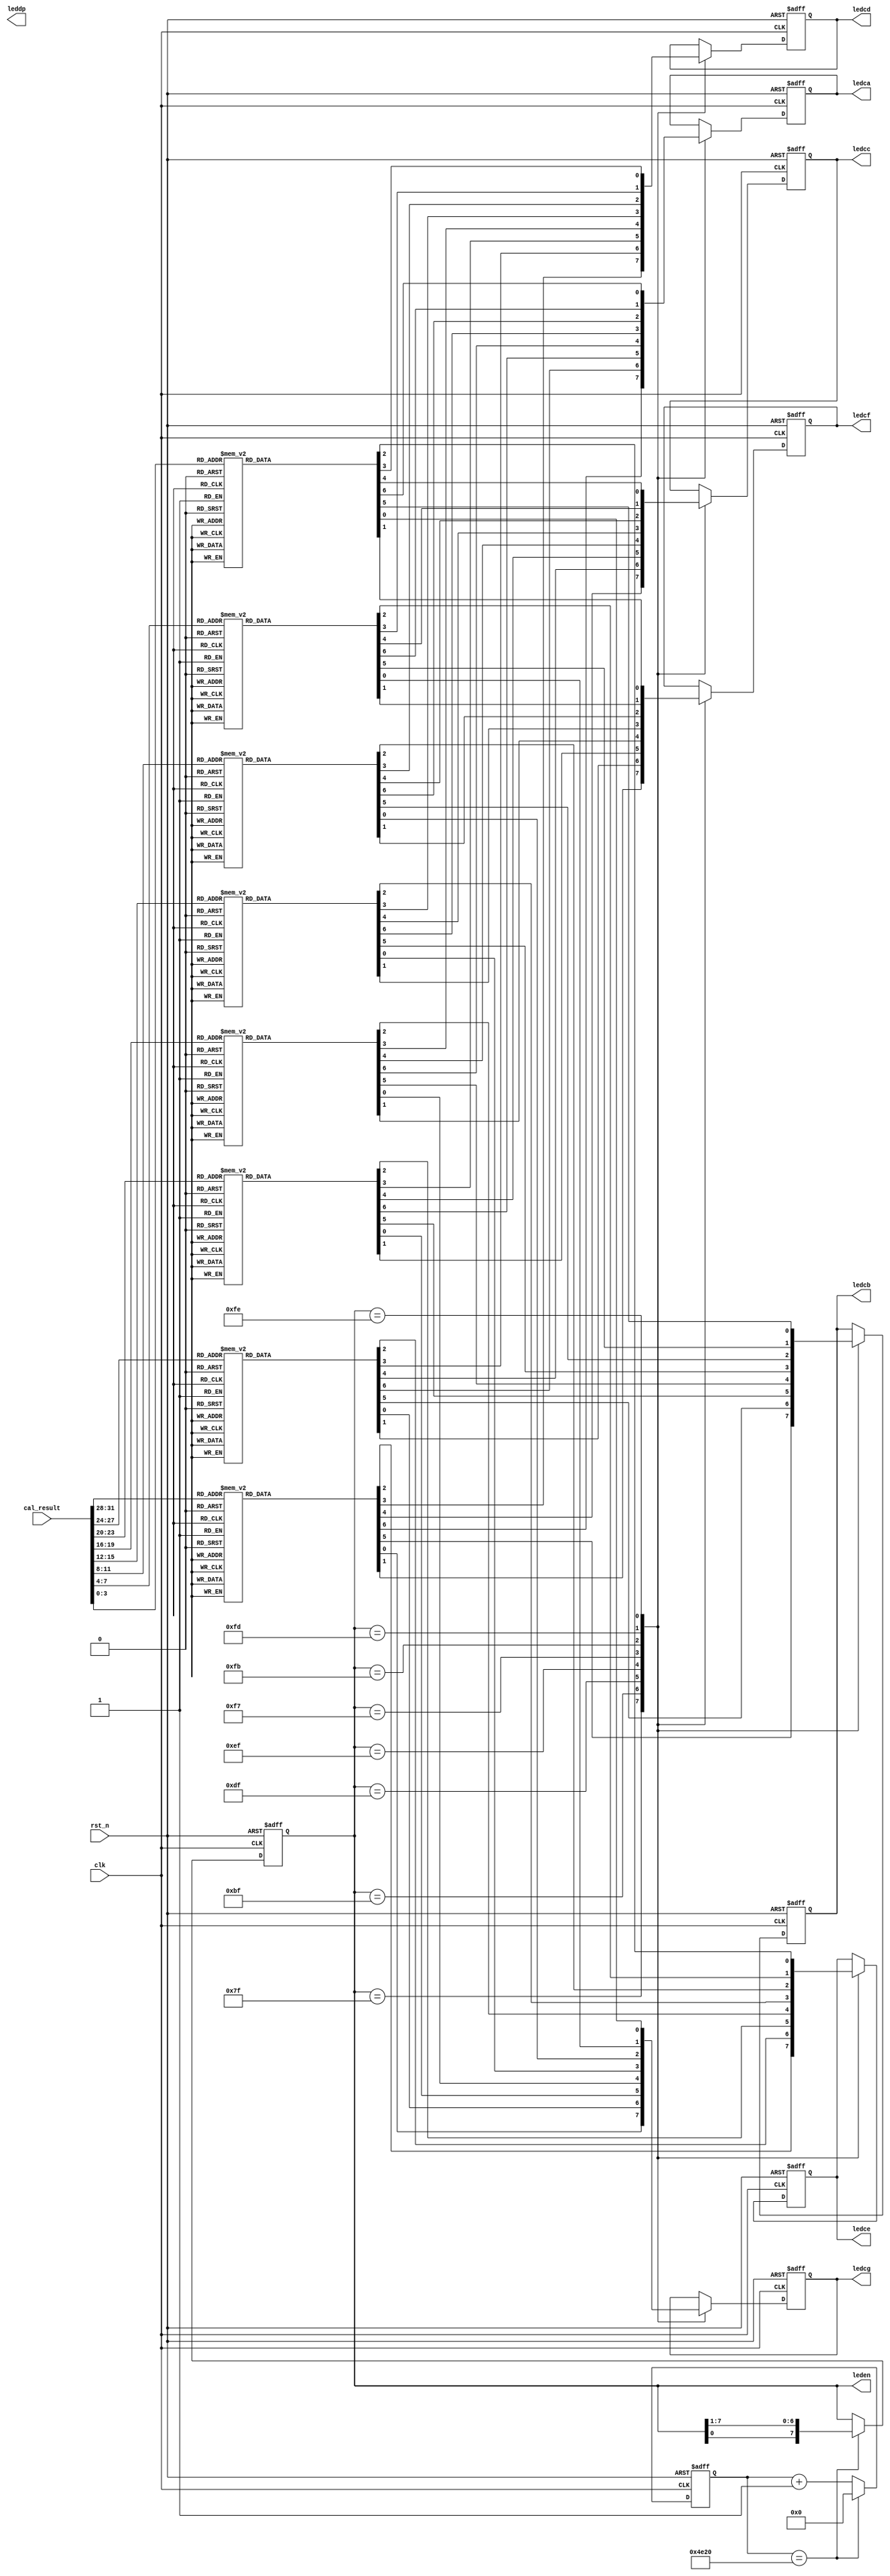
`timescale 1ns / 1ps

module Digtube(
    input            clk,
    input            rst_n,
    input  [31:0]    cal_result,
    output  reg [7:0]leden,
	output  reg      ledca,
	output  reg      ledcb,
    output  reg      ledcc,
	output  reg      ledcd,
	output  reg      ledce,
	output  reg      ledcf,
	output  reg      ledcg,
	output  reg      leddp
);
wire locked;

reg [19:0]cnt;
wire cnt_end = (cnt == 20'd20000);
reg flag;

always @ (posedge clk or negedge rst_n) begin
    if(~rst_n)          flag <= 1'd0;
    else if(flag)       flag <= 1'd1;
end

always @ (posedge clk or negedge rst_n) begin
    if (~rst_n)         cnt <= 20'd0;
    else if (cnt_end)    cnt <= 20'd0;
    else    cnt <= cnt + 1;
end

always @ (posedge clk or negedge rst_n) begin
    if(~rst_n)          leden <= 8'b01111111;
    else if(cnt_end)   leden <= {leden[0], leden[7:1]};
    else leden <= leden;
end

always @ (posedge clk or negedge rst_n) begin
    if(~rst_n) {ledca, ledcb, ledcc,ledcd, ledce, ledcf, ledcg } <=7'b1111111;
    else
       begin
        case(leden)
            8'b01111111:begin
                case(cal_result[31:28])
                    4'hf:{ledca, ledcb, ledcc,ledcd, ledce, ledcf, ledcg} <= 7'b0111000;
                    4'he:{ledca, ledcb, ledcc,ledcd, ledce, ledcf, ledcg} <= 7'b0110000;
                    4'hd:{ledca, ledcb, ledcc,ledcd, ledce, ledcf, ledcg} <= 7'b1000010;
                    4'hc:{ledca, ledcb, ledcc,ledcd, ledce, ledcf, ledcg} <= 7'b1110010;
                    4'hb:{ledca, ledcb, ledcc,ledcd, ledce, ledcf, ledcg} <= 7'b1100000;
                    4'ha:{ledca, ledcb, ledcc,ledcd, ledce, ledcf, ledcg} <= 7'b0001000;
                    4'h9:{ledca, ledcb, ledcc,ledcd, ledce, ledcf, ledcg} <= 7'b0001100;
                    4'h8:{ledca, ledcb, ledcc,ledcd, ledce, ledcf, ledcg} <= 7'b0000000;
                    4'h7:{ledca, ledcb, ledcc,ledcd, ledce, ledcf, ledcg} <= 7'b0001111;
                    4'h6:{ledca, ledcb, ledcc,ledcd, ledce, ledcf, ledcg} <= 7'b0100000;
                    4'h5:{ledca, ledcb, ledcc,ledcd, ledce, ledcf, ledcg} <= 7'b0100100;
                    4'h4:{ledca, ledcb, ledcc,ledcd, ledce, ledcf, ledcg} <= 7'b1001100;
                    4'h3:{ledca, ledcb, ledcc,ledcd, ledce, ledcf, ledcg} <= 7'b0000110;
                    4'h2:{ledca, ledcb, ledcc,ledcd, ledce, ledcf, ledcg} <= 7'b0010010;
                    4'h1:{ledca, ledcb, ledcc,ledcd, ledce, ledcf, ledcg} <= 7'b1001111;
                    default:{ledca, ledcb, ledcc,ledcd, ledce, ledcf, ledcg} <=7'b0000001;
                endcase 
            end
            8'b10111111:begin
                case(cal_result[27:24])
                    4'hf:{ledca, ledcb, ledcc,ledcd, ledce, ledcf, ledcg} <= 7'b0111000;
                    4'he:{ledca, ledcb, ledcc,ledcd, ledce, ledcf, ledcg} <= 7'b0110000;
                    4'hd:{ledca, ledcb, ledcc,ledcd, ledce, ledcf, ledcg} <= 7'b1000010;
                    4'hc:{ledca, ledcb, ledcc,ledcd, ledce, ledcf, ledcg} <= 7'b1110010;
                    4'hb:{ledca, ledcb, ledcc,ledcd, ledce, ledcf, ledcg} <= 7'b1100000;
                    4'ha:{ledca, ledcb, ledcc,ledcd, ledce, ledcf, ledcg} <= 7'b0001000;
                    4'h9:{ledca, ledcb, ledcc,ledcd, ledce, ledcf, ledcg} <=7'b0001100;
                    4'h8:{ledca, ledcb, ledcc,ledcd, ledce, ledcf, ledcg} <=7'b0000000;
                    4'h7:{ledca, ledcb, ledcc,ledcd, ledce, ledcf, ledcg} <=7'b0001111;
                    4'h6:{ledca, ledcb, ledcc,ledcd, ledce, ledcf, ledcg} <=7'b0100000;
                    4'h5:{ledca, ledcb, ledcc,ledcd, ledce, ledcf, ledcg} <=7'b0100100;
                    4'h4:{ledca, ledcb, ledcc,ledcd, ledce, ledcf, ledcg} <=7'b1001100;
                    4'h3:{ledca, ledcb, ledcc,ledcd, ledce, ledcf, ledcg} <=7'b0000110;
                    4'h2:{ledca, ledcb, ledcc,ledcd, ledce, ledcf, ledcg} <=7'b0010010;
                    4'h1:{ledca, ledcb, ledcc,ledcd, ledce, ledcf, ledcg} <=7'b1001111;
                    default:{ledca, ledcb, ledcc,ledcd, ledce, ledcf, ledcg} <=7'b0000001;
                endcase 
            end
            8'b11011111:begin
                case(cal_result[23:20])
                    4'hf:{ledca, ledcb, ledcc,ledcd, ledce, ledcf, ledcg} <= 7'b0111000;
                    4'he:{ledca, ledcb, ledcc,ledcd, ledce, ledcf, ledcg} <= 7'b0110000;
                    4'hd:{ledca, ledcb, ledcc,ledcd, ledce, ledcf, ledcg} <= 7'b1000010;
                    4'hc:{ledca, ledcb, ledcc,ledcd, ledce, ledcf, ledcg} <= 7'b1110010;
                    4'hb:{ledca, ledcb, ledcc,ledcd, ledce, ledcf, ledcg} <= 7'b1100000;
                    4'ha:{ledca, ledcb, ledcc,ledcd, ledce, ledcf, ledcg} <= 7'b0001000;
                    4'h9:{ledca, ledcb, ledcc,ledcd, ledce, ledcf, ledcg} <=7'b0001100;
                    4'h8:{ledca, ledcb, ledcc,ledcd, ledce, ledcf, ledcg} <=7'b0000000;
                    4'h7:{ledca, ledcb, ledcc,ledcd, ledce, ledcf, ledcg} <=7'b0001111;
                    4'h6:{ledca, ledcb, ledcc,ledcd, ledce, ledcf, ledcg} <=7'b0100000;
                    4'h5:{ledca, ledcb, ledcc,ledcd, ledce, ledcf, ledcg} <=7'b0100100;
                    4'h4:{ledca, ledcb, ledcc,ledcd, ledce, ledcf, ledcg} <=7'b1001100;
                    4'h3:{ledca, ledcb, ledcc,ledcd, ledce, ledcf, ledcg} <=7'b0000110;
                    4'h2:{ledca, ledcb, ledcc,ledcd, ledce, ledcf, ledcg} <=7'b0010010;
                    4'h1:{ledca, ledcb, ledcc,ledcd, ledce, ledcf, ledcg} <=7'b1001111;
                    default:{ledca, ledcb, ledcc,ledcd, ledce, ledcf, ledcg} <=7'b0000001;
                endcase 
            end
            8'b11101111:begin
                case(cal_result[19:16])
                    4'hf:{ledca, ledcb, ledcc,ledcd, ledce, ledcf, ledcg} <= 7'b0111000;
                    4'he:{ledca, ledcb, ledcc,ledcd, ledce, ledcf, ledcg} <= 7'b0110000;
                    4'hd:{ledca, ledcb, ledcc,ledcd, ledce, ledcf, ledcg} <= 7'b1000010;
                    4'hc:{ledca, ledcb, ledcc,ledcd, ledce, ledcf, ledcg} <= 7'b1110010;
                    4'hb:{ledca, ledcb, ledcc,ledcd, ledce, ledcf, ledcg} <= 7'b1100000;
                    4'ha:{ledca, ledcb, ledcc,ledcd, ledce, ledcf, ledcg} <= 7'b0001000;
                    4'h9:{ledca, ledcb, ledcc,ledcd, ledce, ledcf, ledcg} <=7'b0001100;
                    4'h8:{ledca, ledcb, ledcc,ledcd, ledce, ledcf, ledcg} <=7'b0000000;
                    4'h7:{ledca, ledcb, ledcc,ledcd, ledce, ledcf, ledcg} <=7'b0001111;
                    4'h6:{ledca, ledcb, ledcc,ledcd, ledce, ledcf, ledcg} <=7'b0100000;
                    4'h5:{ledca, ledcb, ledcc,ledcd, ledce, ledcf, ledcg} <=7'b0100100;
                    4'h4:{ledca, ledcb, ledcc,ledcd, ledce, ledcf, ledcg} <=7'b1001100;
                    4'h3:{ledca, ledcb, ledcc,ledcd, ledce, ledcf, ledcg} <=7'b0000110;
                    4'h2:{ledca, ledcb, ledcc,ledcd, ledce, ledcf, ledcg} <=7'b0010010;
                    4'h1:{ledca, ledcb, ledcc,ledcd, ledce, ledcf, ledcg} <=7'b1001111;
                    default:{ledca, ledcb, ledcc,ledcd, ledce, ledcf, ledcg} <=7'b0000001;
                endcase 
            end
            8'b11110111:begin
                case(cal_result[15:12])
                    4'hf:{ledca, ledcb, ledcc,ledcd, ledce, ledcf, ledcg} <= 7'b0111000;
                    4'he:{ledca, ledcb, ledcc,ledcd, ledce, ledcf, ledcg} <= 7'b0110000;
                    4'hd:{ledca, ledcb, ledcc,ledcd, ledce, ledcf, ledcg} <= 7'b1000010;
                    4'hc:{ledca, ledcb, ledcc,ledcd, ledce, ledcf, ledcg} <= 7'b1110010;
                    4'hb:{ledca, ledcb, ledcc,ledcd, ledce, ledcf, ledcg} <= 7'b1100000;
                    4'ha:{ledca, ledcb, ledcc,ledcd, ledce, ledcf, ledcg} <= 7'b0001000;
                    4'h9:{ledca, ledcb, ledcc,ledcd, ledce, ledcf, ledcg} <=7'b0001100;
                    4'h8:{ledca, ledcb, ledcc,ledcd, ledce, ledcf, ledcg} <=7'b0000000;
                    4'h7:{ledca, ledcb, ledcc,ledcd, ledce, ledcf, ledcg} <=7'b0001111;
                    4'h6:{ledca, ledcb, ledcc,ledcd, ledce, ledcf, ledcg} <=7'b0100000;
                    4'h5:{ledca, ledcb, ledcc,ledcd, ledce, ledcf, ledcg} <=7'b0100100;
                    4'h4:{ledca, ledcb, ledcc,ledcd, ledce, ledcf, ledcg} <=7'b1001100;
                    4'h3:{ledca, ledcb, ledcc,ledcd, ledce, ledcf, ledcg} <=7'b0000110;
                    4'h2:{ledca, ledcb, ledcc,ledcd, ledce, ledcf, ledcg} <=7'b0010010;
                    4'h1:{ledca, ledcb, ledcc,ledcd, ledce, ledcf, ledcg} <=7'b1001111;
                    default:{ledca, ledcb, ledcc,ledcd, ledce, ledcf, ledcg} <=7'b0000001;
                endcase 
            end
            8'b11111011:begin
                case(cal_result[11:8])
                    4'hf:{ledca, ledcb, ledcc,ledcd, ledce, ledcf, ledcg} <= 7'b0111000;
                    4'he:{ledca, ledcb, ledcc,ledcd, ledce, ledcf, ledcg} <= 7'b0110000;
                    4'hd:{ledca, ledcb, ledcc,ledcd, ledce, ledcf, ledcg} <= 7'b1000010;
                    4'hc:{ledca, ledcb, ledcc,ledcd, ledce, ledcf, ledcg} <= 7'b1110010;
                    4'hb:{ledca, ledcb, ledcc,ledcd, ledce, ledcf, ledcg} <= 7'b1100000;
                    4'ha:{ledca, ledcb, ledcc,ledcd, ledce, ledcf, ledcg} <= 7'b0001000;
                    4'h9:{ledca, ledcb, ledcc,ledcd, ledce, ledcf, ledcg} <=7'b0001100;
                    4'h8:{ledca, ledcb, ledcc,ledcd, ledce, ledcf, ledcg} <=7'b0000000;
                    4'h7:{ledca, ledcb, ledcc,ledcd, ledce, ledcf, ledcg} <=7'b0001111;
                    4'h6:{ledca, ledcb, ledcc,ledcd, ledce, ledcf, ledcg} <=7'b0100000;
                    4'h5:{ledca, ledcb, ledcc,ledcd, ledce, ledcf, ledcg} <=7'b0100100;
                    4'h4:{ledca, ledcb, ledcc,ledcd, ledce, ledcf, ledcg} <=7'b1001100;
                    4'h3:{ledca, ledcb, ledcc,ledcd, ledce, ledcf, ledcg} <=7'b0000110;
                    4'h2:{ledca, ledcb, ledcc,ledcd, ledce, ledcf, ledcg} <=7'b0010010;
                    4'h1:{ledca, ledcb, ledcc,ledcd, ledce, ledcf, ledcg} <=7'b1001111;
                    default:{ledca, ledcb, ledcc,ledcd, ledce, ledcf, ledcg} <=7'b0000001;
                endcase 
            end
            8'b11111101:begin
                case(cal_result[7:4])
                    4'hf:{ledca, ledcb, ledcc,ledcd, ledce, ledcf, ledcg} <= 7'b0111000;
                    4'he:{ledca, ledcb, ledcc,ledcd, ledce, ledcf, ledcg} <= 7'b0110000;
                    4'hd:{ledca, ledcb, ledcc,ledcd, ledce, ledcf, ledcg} <= 7'b1000010;
                    4'hc:{ledca, ledcb, ledcc,ledcd, ledce, ledcf, ledcg} <= 7'b1110010;
                    4'hb:{ledca, ledcb, ledcc,ledcd, ledce, ledcf, ledcg} <= 7'b1100000;
                    4'ha:{ledca, ledcb, ledcc,ledcd, ledce, ledcf, ledcg} <= 7'b0001000;
                    4'h9:{ledca, ledcb, ledcc,ledcd, ledce, ledcf, ledcg} <=7'b0001100;
                    4'h8:{ledca, ledcb, ledcc,ledcd, ledce, ledcf, ledcg} <=7'b0000000;
                    4'h7:{ledca, ledcb, ledcc,ledcd, ledce, ledcf, ledcg} <=7'b0001111;
                    4'h6:{ledca, ledcb, ledcc,ledcd, ledce, ledcf, ledcg} <=7'b0100000;
                    4'h5:{ledca, ledcb, ledcc,ledcd, ledce, ledcf, ledcg} <=7'b0100100;
                    4'h4:{ledca, ledcb, ledcc,ledcd, ledce, ledcf, ledcg} <=7'b1001100;
                    4'h3:{ledca, ledcb, ledcc,ledcd, ledce, ledcf, ledcg} <=7'b0000110;
                    4'h2:{ledca, ledcb, ledcc,ledcd, ledce, ledcf, ledcg} <=7'b0010010;
                    4'h1:{ledca, ledcb, ledcc,ledcd, ledce, ledcf, ledcg} <=7'b1001111;
                    default:{ledca, ledcb, ledcc,ledcd, ledce, ledcf, ledcg} <=7'b0000001;
                endcase 
            end
            8'b11111110:begin
                case(cal_result[3:0])
                    4'hf:{ledca, ledcb, ledcc,ledcd, ledce, ledcf, ledcg} <= 7'b0111000;
                    4'he:{ledca, ledcb, ledcc,ledcd, ledce, ledcf, ledcg} <= 7'b0110000;
                    4'hd:{ledca, ledcb, ledcc,ledcd, ledce, ledcf, ledcg} <= 7'b1000010;
                    4'hc:{ledca, ledcb, ledcc,ledcd, ledce, ledcf, ledcg} <= 7'b1110010;
                    4'hb:{ledca, ledcb, ledcc,ledcd, ledce, ledcf, ledcg} <= 7'b1100000;
                    4'ha:{ledca, ledcb, ledcc,ledcd, ledce, ledcf, ledcg} <= 7'b0001000;
                    4'h9:{ledca, ledcb, ledcc,ledcd, ledce, ledcf, ledcg} <=7'b0001100;
                    4'h8:{ledca, ledcb, ledcc,ledcd, ledce, ledcf, ledcg} <=7'b0000000;
                    4'h7:{ledca, ledcb, ledcc,ledcd, ledce, ledcf, ledcg} <=7'b0001111;
                    4'h6:{ledca, ledcb, ledcc,ledcd, ledce, ledcf, ledcg} <=7'b0100000;
                    4'h5:{ledca, ledcb, ledcc,ledcd, ledce, ledcf, ledcg} <=7'b0100100;
                    4'h4:{ledca, ledcb, ledcc,ledcd, ledce, ledcf, ledcg} <=7'b1001100;
                    4'h3:{ledca, ledcb, ledcc,ledcd, ledce, ledcf, ledcg} <=7'b0000110;
                    4'h2:{ledca, ledcb, ledcc,ledcd, ledce, ledcf, ledcg} <=7'b0010010;
                    4'h1:{ledca, ledcb, ledcc,ledcd, ledce, ledcf, ledcg} <=7'b1001111;
                    default:{ledca, ledcb, ledcc,ledcd, ledce, ledcf, ledcg} <=7'b0000001;
                endcase 
            end
        endcase
    end
end
endmodule